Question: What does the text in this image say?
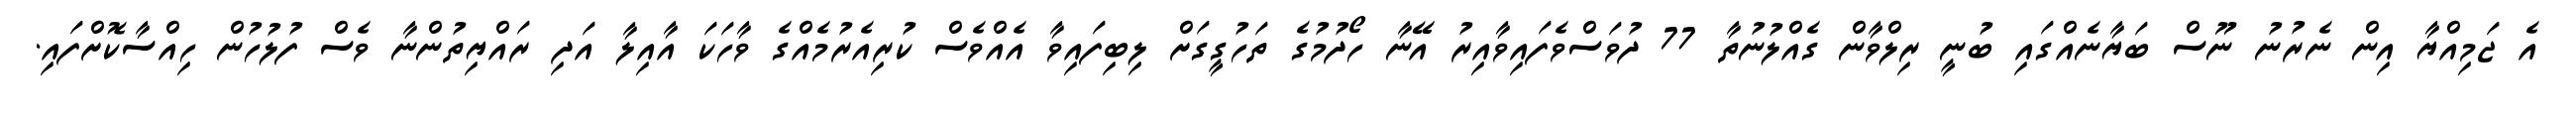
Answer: އެ ޖަމިއްޔާ އިން ނެރުނު ނޫސް ބަޔާނެއްގައި ބުނީ ރިލްވާން ގެއްލުނުތާ 77 ދުވަސްވެފައިވާއިރު އޭނާ ހޯދުމުގެ ތަހުގީގަށް ލިބިފައިވާ އެއްވެސް ކުރިއެރުމެއްގެ ވާހަކަ އާއިލާ އަދި ރައްޔިތުންނާ ވެސް ފުލުހުން ހިއްސާކޮށްފައި.